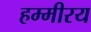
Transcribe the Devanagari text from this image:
हम्मीरय